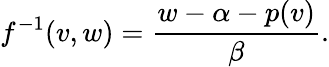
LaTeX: f^{-1}(v,w)=\frac{w-\alpha-p(v)}{\beta}.